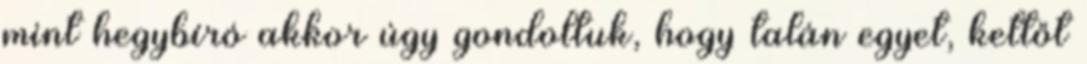
mint hegybíró akkor úgy gondoltuk, hogy talán egyet, kettőt